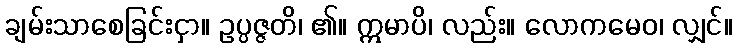
ချမ်းသာစေခြင်းငှာ။ ဥပ္ပဇ္ဇတိ၊ ၏။ ဣမာပိ၊ လည်း။ လောကမေဝ၊ လျှင်။